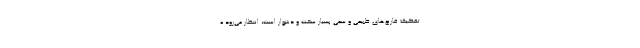
تفکیک قارچ‌های طبیعی و سمی بسیار سخت و دشوار است، انتظار می‌رود ه